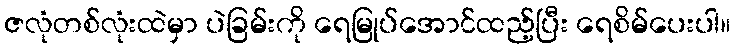
ဇလုံတစ်လုံးထဲမှာ ပဲခြမ်းကို ရေမြုပ်အောင်ထည့်ပြီး ရေစိမ်ပေးပါ။